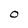
Character: O